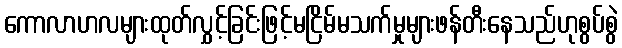
ကောလာဟလများထုတ်လွှင့်ခြင်းဖြင့်မငြိမ်မသက်မှုများဖန်တီးနေသည်ဟုစွပ်စွဲ